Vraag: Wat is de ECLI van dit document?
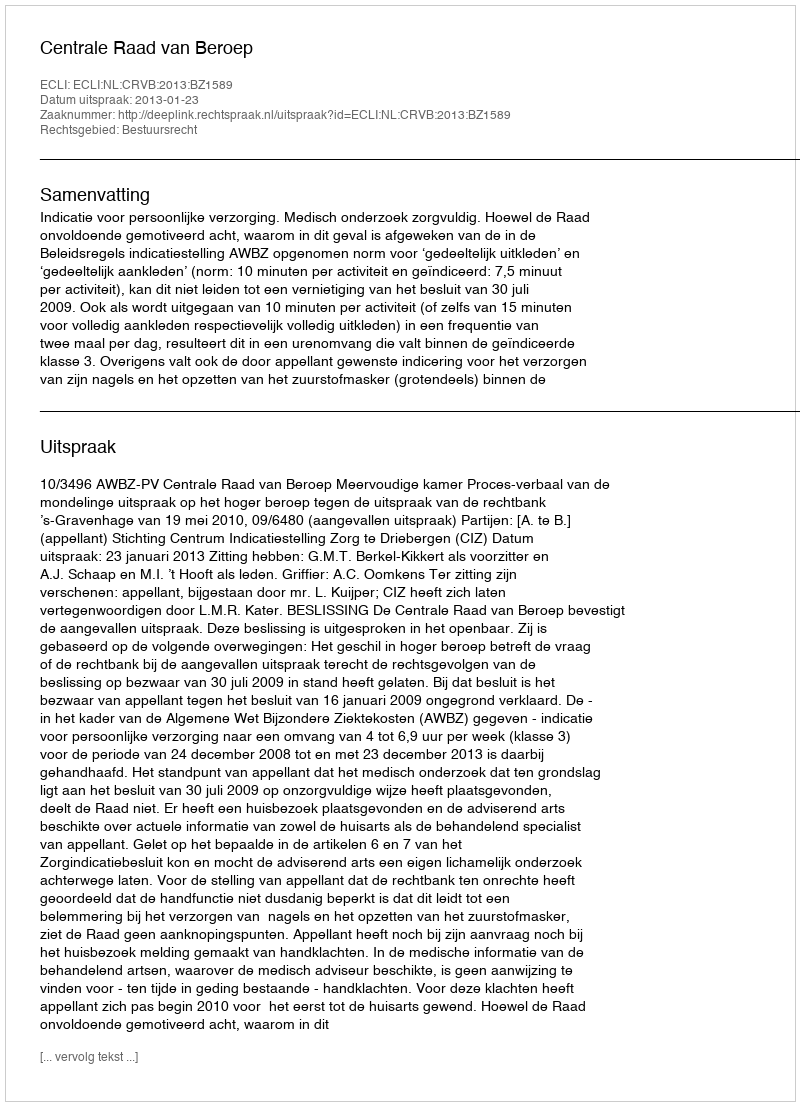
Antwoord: ECLI:NL:CRVB:2013:BZ1589